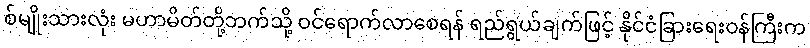
စ်မျိုးသားလုံး မဟာမိတ်တို့ဘက်သို့ ဝင်ရောက်လာစေရန် ရည်ရွယ်ချက်ဖြင့် နိုင်ငံခြားရေးဝန်ကြီးက